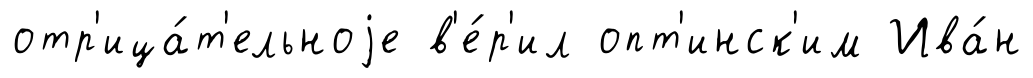
отр'ица́т'ельноjе в'е́р'ил опт'инск'им Ива́н